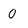
Character: 0